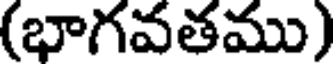
(భాగవతము)